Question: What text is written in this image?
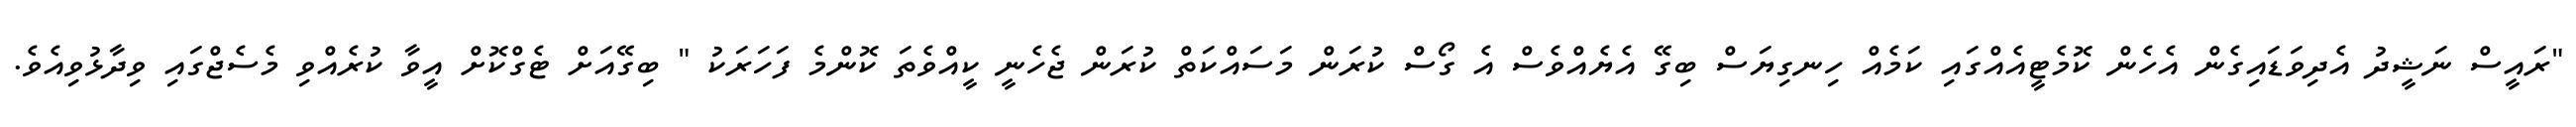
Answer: "ރައީސް ނަޝީދު އެދިވަޑައިގެން އެހެން ކޮމެޓީއެއްގައި ކަމެއް ހިނގިޔަސް ބިގޭ އެޔެއްވެސް އެ ގޯސް ކުރަން މަސައްކަތް ކުރަން ޖެހެނީ ކީއްވެތަ ކޮންމެ ފަހަރަކު " ބިގޭއަށް ޓެގްކޮށް އީވާ ކުރެއްވި މެސެޖްގައި ވިދާޅުވިއެވެ.